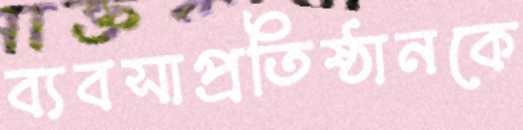
ব্যবসাপ্রতিষ্ঠানকে